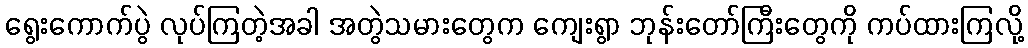
ရွေးကောက်ပွဲ လုပ်ကြတဲ့အခါ အတွဲသမားတွေက ကျေးရွာ ဘုန်းတော်ကြီးတွေကို ကပ်ထားကြလို့